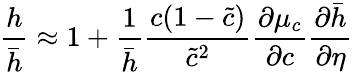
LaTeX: \frac{h}{\bar{h}}\approx 1+\frac{1}{\bar{h}}\frac{c(1-\tilde{c})}{\tilde{c}^{2}}\frac{\partial\mu_{c}}{\partial c}\frac{\partial\bar{h}}{\partial\eta}